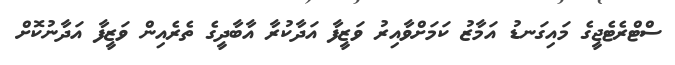
ސްޓްރެޓެޖީގެ މައިގަނޑު އަމާޒު ކަމަށްވާއިރު ވަޒީފާ އަދާކުރާ އާބާދީގެ ތެރެއިން ވަޒީފާ އަދާނުކޮށް